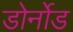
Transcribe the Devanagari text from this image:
डोर्नोड